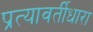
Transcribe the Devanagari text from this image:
प्रत्यावर्तीधारा